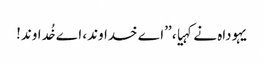
یہوداہ نے کہیا، ’’اے خداوند، اے خُداوند!